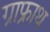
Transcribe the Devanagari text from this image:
ग्राफ्राथ